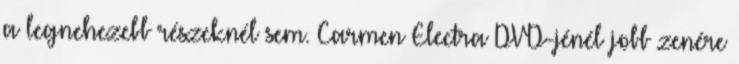
a legnehezebb részeknél sem. Carmen Electra DVD-jénél jobb zenére